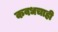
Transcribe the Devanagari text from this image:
कवधचाही